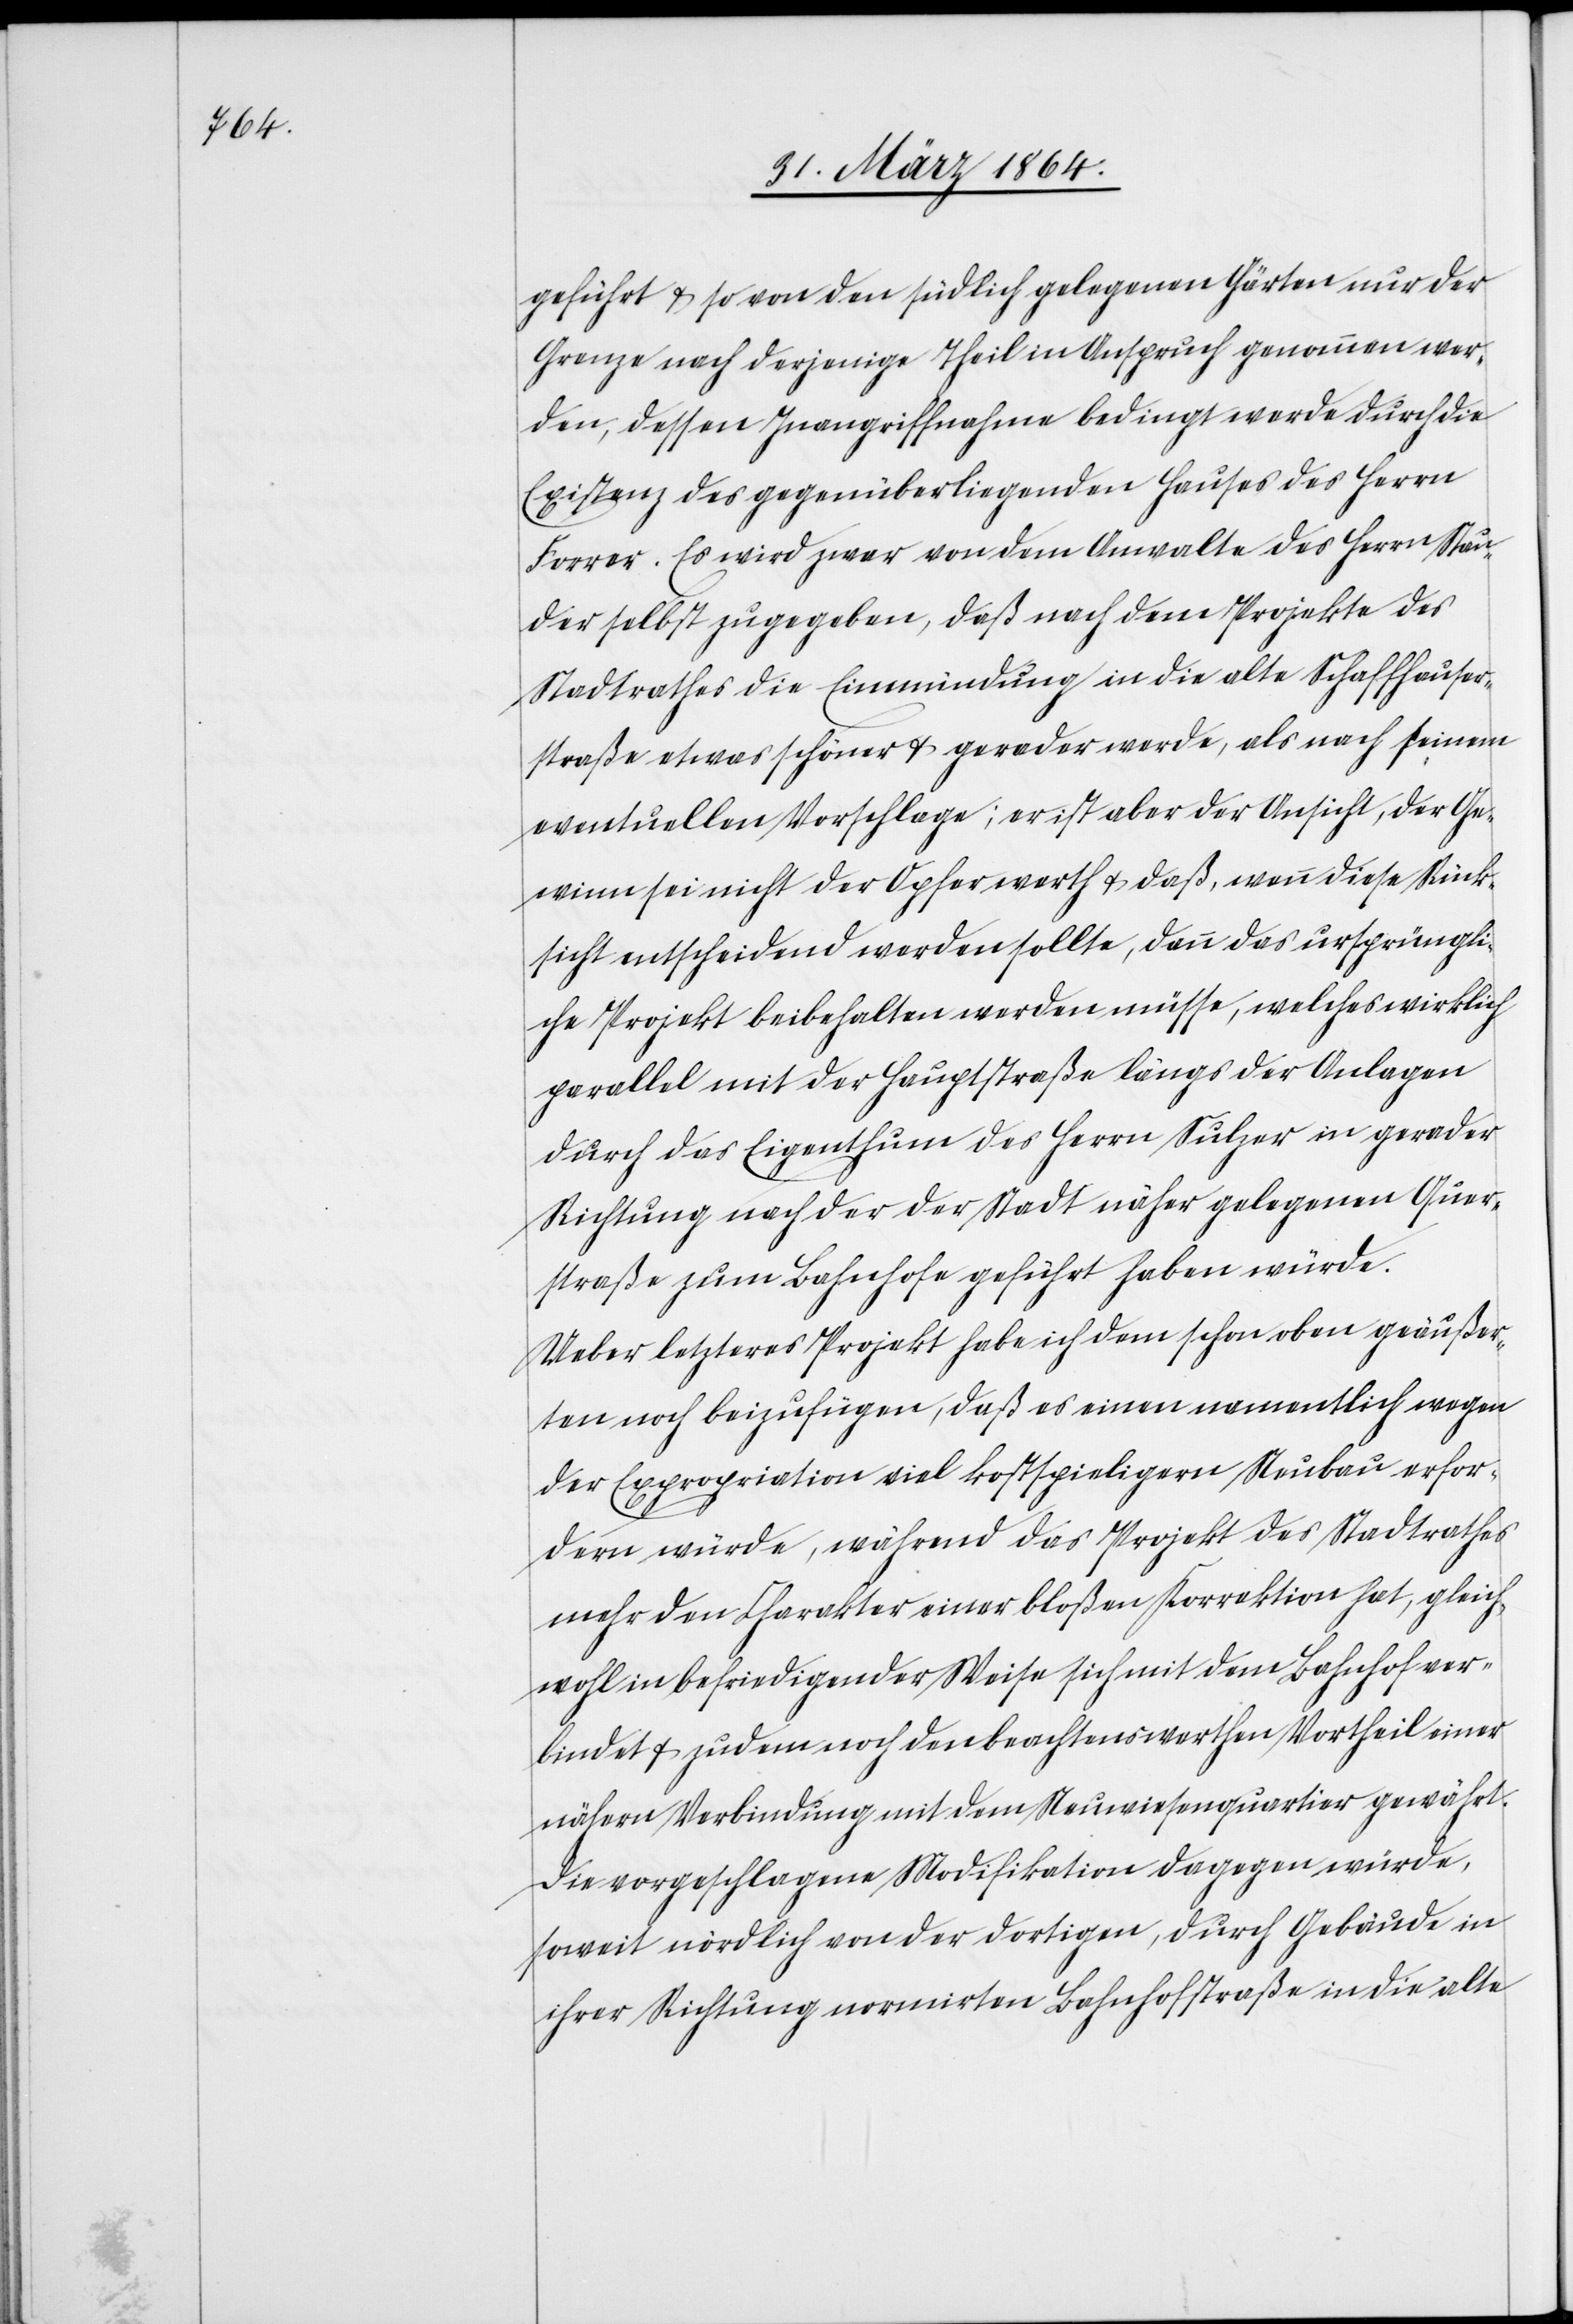
geführt u. so von den südlich gelegenen Gärten nur der
Grenze nach derjenige Theil in Anspruch genommen wer¬
den, dessen Inangriffnahme bedingt werde durch die
Existenz des gegenüberliegenden Hauses des Herrn
Forrer. Es wird zwar von dem Anwalte des Herrn Stau¬
der selbst zugegeben, daß nach dem Projekte des
Stadtrathes die Einmündung in die alte Schaffhauser¬
strasse etwas schöner u. gerader werde, als nach seinem
eventuellen Vorschlage; er ist aber der Ansicht, der Ge¬
winn sei nicht der Opfer werth u. daß, wenn diese Rück¬
sicht entscheidend werden sollte, dann das ursprüngli¬
che Projekt beibehalten werden müsse, welches wirklich
parallel mit der Hauptstraße längs der Anlagen
durch das Eigenthum des Herrn Sulzer in gerader
Richtung nach der der Stadt näher gelegenen Quer¬
straße zum Bahnhofe geführt haben würde.
Ueber letzteres Projekt habe ich dem schon oben geäußer¬
ten noch beizufügen, daß es einen namentlich wegen
der Expropriation viel kostspieligern Neubau erfor¬
dern würde, während das Projekt des Stadtrathes
mehr den Charakter einer bloßen Korrektion hat, gleich¬
wohl in befriedigender Weise sich mit dem Bahnhof ver¬
bindet u. zudem noch den beachtenswerthen Vortheil einer
nähern Verbindung mit dem Neuwiesenquartier gewährt.
Die vorgeschlagene Modifikation dagegen würde,
soweit nördlich von der dortigen, durch Gebäude in
ihrer Richtung normirten Bahnhofstraße in die alte